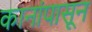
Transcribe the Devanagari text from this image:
कानांपासून